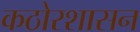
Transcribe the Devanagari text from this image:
कठोरशासन